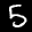
Label: 5